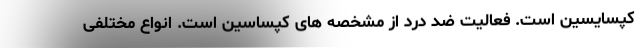
کپسایسین است. فعالیت ضد درد از مشخصه های کپساسین است. انواع مختلفی